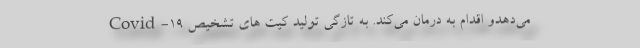
می‌دهدو اقدام به درمان می‌کند. به تازگی تولید کیت های تشخیص Covid-۱۹